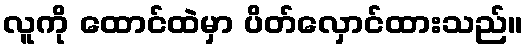
လူကို ထောင်ထဲမှာ ပိတ်လှောင်ထားသည်။